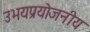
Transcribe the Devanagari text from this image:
उभयप्रयोजनीय